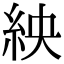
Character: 紻